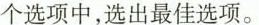
个选项中,选出最佳选项。